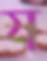
য